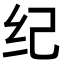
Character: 纪